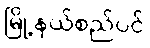
မြို့နယ်စည်ပင်